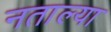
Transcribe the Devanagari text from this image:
नताल्या